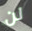
لن